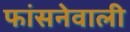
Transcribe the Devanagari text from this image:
फांसनेवाली